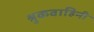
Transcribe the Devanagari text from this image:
श्रुकवाहिनी